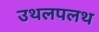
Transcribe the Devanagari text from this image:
उथलपलथ